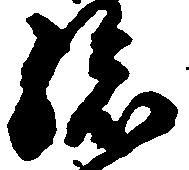
孫